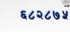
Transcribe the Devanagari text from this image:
६८२८७५